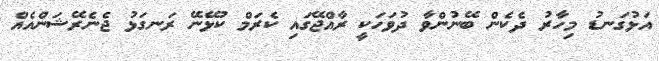
އަޅުގަނޑު މިހާރު ދެކެން ބޭނުންވާ ދުވަހަކީ ރާއްޖޭގައި ކެރަމް ކުޅޭނޭ ރަނގަޅު ޖެނެރޭޝަންއެއް